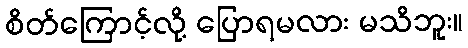
စိတ်ကြောင့်လို့ ပြောရမလား မသိဘူး။